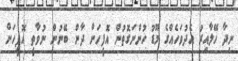
ނިދާ ހޭލާއިރު އެދުވަހެއްގެ މޫޑު ހުންނަގޮތުން އޮފީހަށް ދާން ބޭނުން ނުވާތީ އޮފީހަށް